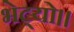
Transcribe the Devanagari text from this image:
भेट्यो।।